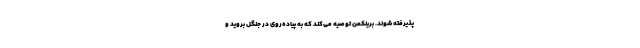
پذیرفته شوند. برینکمن توصیه می‌کند که به پیاده‌روی در جنگل بروید و